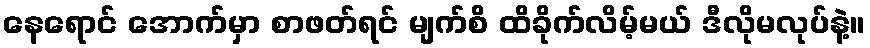
နေရောင် အောက်မှာ စာဖတ်ရင် မျက်စိ ထိခိုက်လိမ့်မယ် ဒီလိုမလုပ်နဲ့။